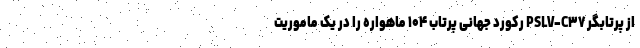
از پرتابگر PSLV-C۳۷ رکورد جهانی پرتاب ۱۰۴ ماهواره را در یک ماموریت